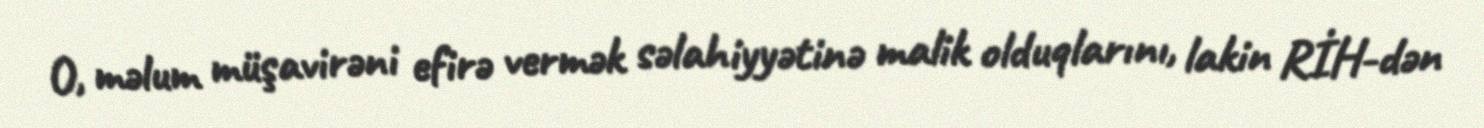
O, məlum müşavirəni efirə vermək səlahiyyətinə malik olduqlarını, lakin RİH-dən